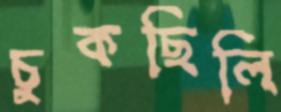
চুকছিলি